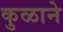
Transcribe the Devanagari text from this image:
कुळाने